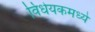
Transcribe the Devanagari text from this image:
विधेयकमध्ये